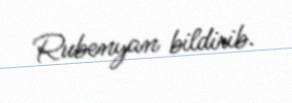
Rubenyan bildirib.